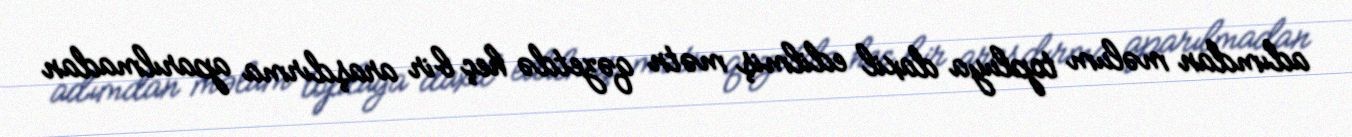
adımdan məlum topluya daxil edilmiş mətn qəzetdə heç bir araşdırma aparılmadan